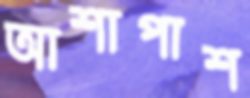
আশাপাশ